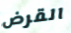
القرض